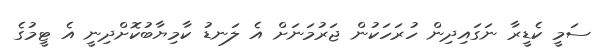
ސަމީ ކެޑީރާ ނަގައިދިން ހުރަހަކުން ޖަރުމަނަށް އެ ލަނޑު ކާމިޔާބުކޮށްދިނީ އެ ޓީމުގެ